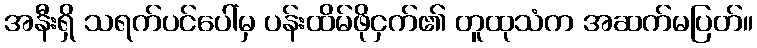
အနီးရှိ သရက်ပင်ပေါ်မှ ပန်းထိမ်ဖိုငှက်၏ တူထုသံက အဆက်မပြတ်။